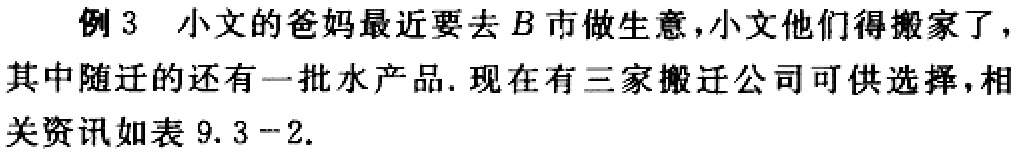
例 3 小文的爸妈最近要去\(B\)市做生意，小文他们得搬家了，其中随迁的还有一批水产品. 现在有三家搬迁公司可供选择，相关资讯如表 \(9.3 - 2\).